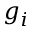
g _ { i }